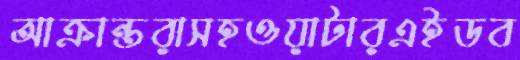
আক্রান্তরাসহওয়াটারএইডব